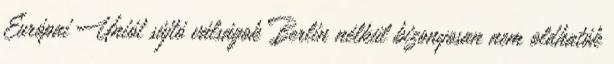
Európai Uniót sújtó válságok Berlin nélkül bizonyosan nem oldhatók